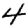
Digit: 4